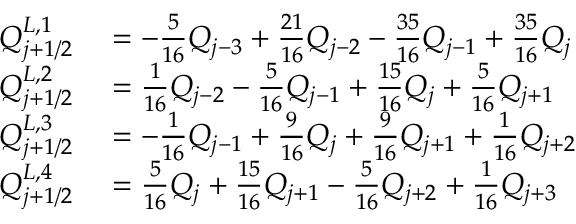
\begin{array} { r l } { Q _ { j + 1 / 2 } ^ { L , 1 } } & { { } = - \frac { 5 } { 1 6 } Q _ { j - 3 } + \frac { 2 1 } { 1 6 } Q _ { j - 2 } - \frac { 3 5 } { 1 6 } Q _ { j - 1 } + \frac { 3 5 } { 1 6 } Q _ { j } } \\ { Q _ { j + 1 / 2 } ^ { L , 2 } } & { { } = \frac { 1 } { 1 6 } Q _ { j - 2 } - \frac { 5 } { 1 6 } Q _ { j - 1 } + \frac { 1 5 } { 1 6 } Q _ { j } + \frac { 5 } { 1 6 } Q _ { j + 1 } } \\ { Q _ { j + 1 / 2 } ^ { L , 3 } } & { { } = - \frac { 1 } { 1 6 } Q _ { j - 1 } + \frac { 9 } { 1 6 } Q _ { j } + \frac { 9 } { 1 6 } Q _ { j + 1 } + \frac { 1 } { 1 6 } Q _ { j + 2 } } \\ { Q _ { j + 1 / 2 } ^ { L , 4 } } & { { } = \frac { 5 } { 1 6 } Q _ { j } + \frac { 1 5 } { 1 6 } Q _ { j + 1 } - \frac { 5 } { 1 6 } Q _ { j + 2 } + \frac { 1 } { 1 6 } Q _ { j + 3 } } \end{array}